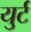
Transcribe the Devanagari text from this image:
युर्ट